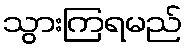
သွားကြရမည်